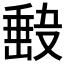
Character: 𭆵